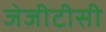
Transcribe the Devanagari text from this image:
जेजीटीसी